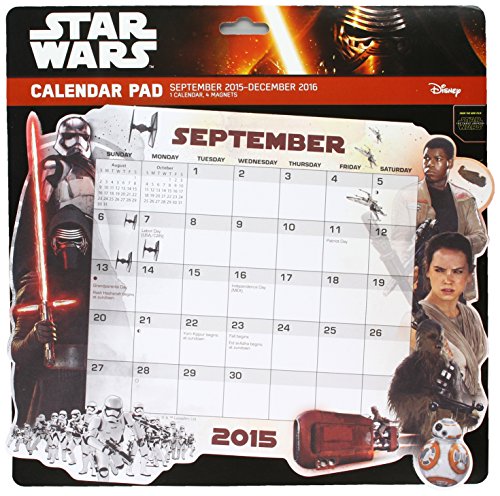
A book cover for Star Wars Episode VII 2016 Die Cut Calendar Pad; Trends International; Calendars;